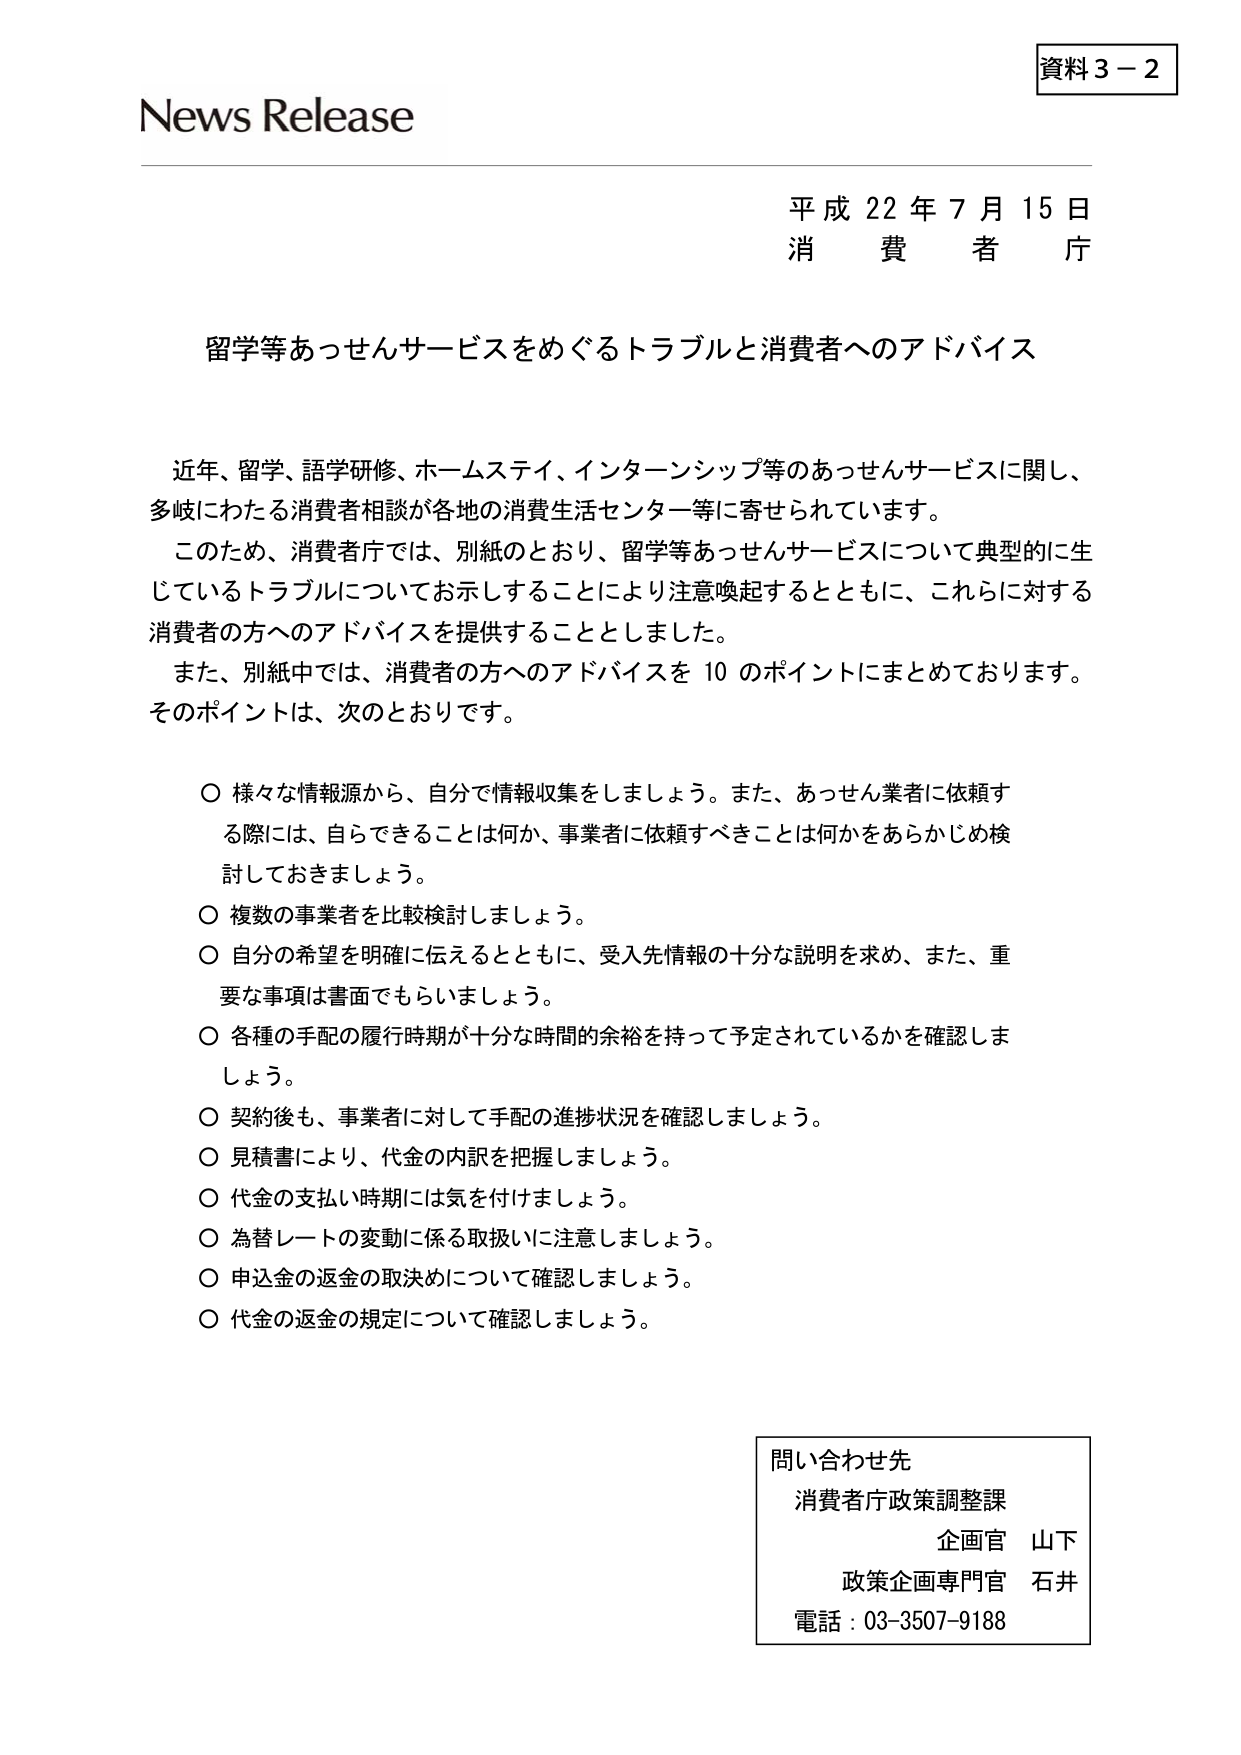
資料３－２
News Release
平成22年7月15日
消費者庁

留学等あっせんサービスをめぐるトラブルと消費者へのアドバイス

近年、留学、語学研修、ホームステイ、インターンシップ等のあっせんサービスに関し、
多岐にわたる消費者相談が各地の消費生活センター等に寄せられています。
このため、消費者庁では、別紙のとおり、留学等あっせんサービスについて典型的に生
じているトラブルについてお示しすることにより注意喚起するとともに、これらに対する
消費者の方へのアドバイスを提供することとしました。
また、別紙中では、消費者の方へのアドバイスを10のポイントにまとめております。
そのポイントは、次のとおりです。

○ 様々な情報源から、自分で情報収集をしましょう。また、あっせん業者に依頼す
　る際には、自らできることとは何か、事業者に依頼すべきことは何かをあらかじめ検
　討しておきましょう。
○ 複数の事業者を比較検討しましょう。
○ 自分の希望を明確に伝えるとともに、受入先情報の十分な説明を求め、また、重
　要な事項は書面でもらいましょう。
○ 各種の手配の履行時期が十分な時間的余裕を持って予定されているかを確認しま
　しょう。
○ 契約後も、事業者に対して手配の進捗状況を確認しましょう。
○ 見積書により、代金の内訳を把握しましょう。
○ 代金の支払い時期には気を付けましょう。
○ 為替レートの変動に係る取扱いに注意しましょう。
○ 申込金の返金の取決めについて確認しましょう。
○ 代金の返金の規定について確認しましょう。

問い合わせ先
消費者庁政策調整課
企画官 山下
政策企画専門官 石井
電話：03-3507-9188